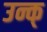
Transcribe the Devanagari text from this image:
उन्क्